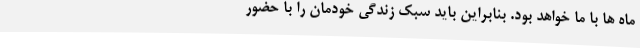
ماه ها با ما خواهد بود. بنابراین باید سبک زندگی خودمان را با حضور